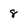
Character: 8